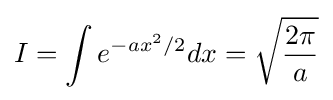
I=\int e^{-ax^{2}/2}dx={\sqrt {\frac {2\pi }{a}}}